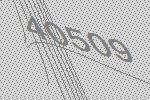
40509